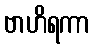
ဗာဟိရကာ